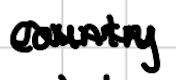
Text: country
Cross-out: wave
Writing tool: digital_black